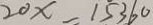
2 0 x = 1 5 3 6 0